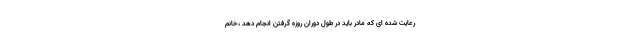
رعایت شده ای که مادر باید در طول دوران روزه گرفتن انجام دهد ،خانم